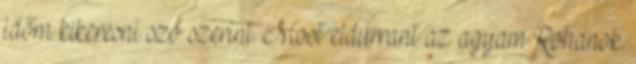
időm kikeresni szó szerint. Most eldurrant az agyam Rohanok.